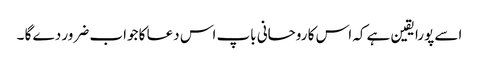
اسے پورا یقین ہے کہ اس کا روحانی باپ اس دعا کا جواب ضرور دے گا ۔